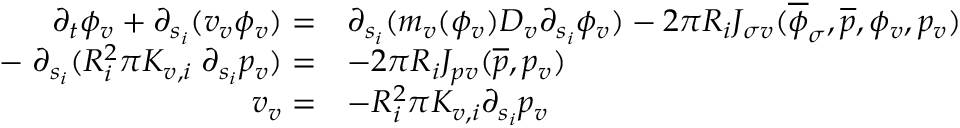
\begin{array} { r l } { \partial _ { t } \phi _ { v } + \partial _ { s _ { i } } ( v _ { v } \phi _ { v } ) = } & { \partial _ { s _ { i } } ( m _ { v } ( \phi _ { v } ) D _ { v } \partial _ { s _ { i } } \phi _ { v } ) - 2 \pi R _ { i } J _ { \sigma v } ( \overline { \phi } _ { \sigma } , \overline { p } , \phi _ { v } , p _ { v } ) } \\ { - \; \partial _ { s _ { i } } ( R _ { i } ^ { 2 } \pi K _ { v , i } \; \partial _ { s _ { i } } p _ { v } ) = } & { - 2 \pi R _ { i } J _ { p v } ( \overline { { p } } , p _ { v } ) } \\ { v _ { v } = } & { - R _ { i } ^ { 2 } \pi K _ { v , i } \partial _ { s _ { i } } p _ { v } } \end{array}